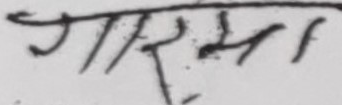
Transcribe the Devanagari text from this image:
गरमा